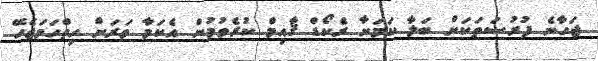
ޖަހާނެ ފުރުސަތަކަށް ބަލާ ކަމަށާ ރެކޯޑް ޤާއިމް ކުރެވުމުން އެކަމާ ވަރަށް ހިތްހަމަޖެހޭ